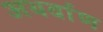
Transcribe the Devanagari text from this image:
अथर्वाण